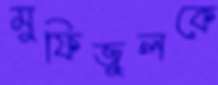
মুফিজুলকে